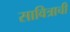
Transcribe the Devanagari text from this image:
सावित्राची